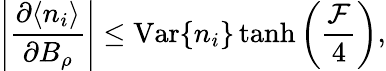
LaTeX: \left|\frac{\partial\langle n_{i}\rangle}{\partial B_{\rho}}\right|\leq\mathrm{Var}\{ n_{i}\} \operatorname{tanh}\left(\frac{\mathcal{F}}{4}\right),